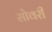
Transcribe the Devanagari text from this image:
सोवरी